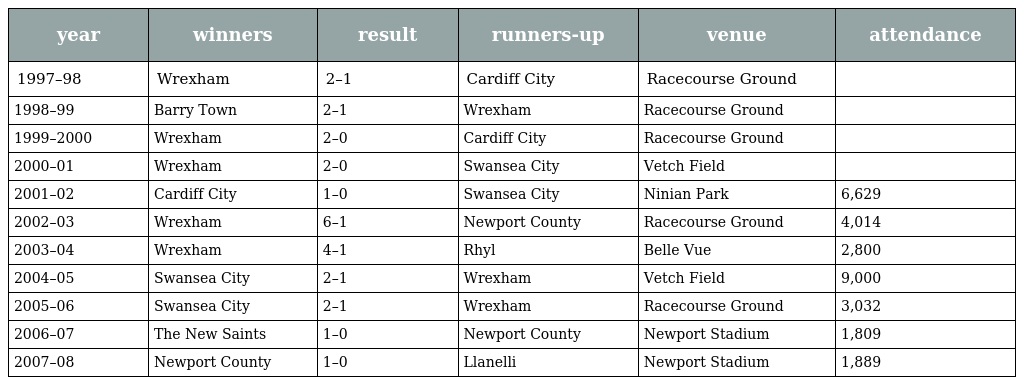
| year | winners | result | runners-up | venue | attendance |
 | --- | --- | --- | --- | --- | --- |
 | 1997–98 | Wrexham | 2–1 | Cardiff City | Racecourse Ground |  |
 | 1998–99 | Barry Town | 2–1 | Wrexham | Racecourse Ground |  |
 | 1999–2000 | Wrexham | 2–0 | Cardiff City | Racecourse Ground |  |
 | 2000–01 | Wrexham | 2–0 | Swansea City | Vetch Field |  |
 | 2001–02 | Cardiff City | 1–0 | Swansea City | Ninian Park | 6,629 |
 | 2002–03 | Wrexham | 6–1 | Newport County | Racecourse Ground | 4,014 |
 | 2003–04 | Wrexham | 4–1 | Rhyl | Belle Vue | 2,800 |
 | 2004–05 | Swansea City | 2–1 | Wrexham | Vetch Field | 9,000 |
 | 2005–06 | Swansea City | 2–1 | Wrexham | Racecourse Ground | 3,032 |
 | 2006–07 | The New Saints | 1–0 | Newport County | Newport Stadium | 1,809 |
 | 2007–08 | Newport County | 1–0 | Llanelli | Newport Stadium | 1,889 |